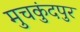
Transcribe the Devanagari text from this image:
मुचकुंदपुर